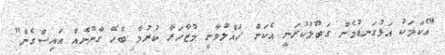
"އެކަމަކު އަޅުގަނޑުމެން ގަބޫލުކުރަނީ އެކަން ހައްލުވާނީ މުޒާހަރާ ކުރުމާ ބެހޭ ގާނޫނެއް އައިސްގެން"